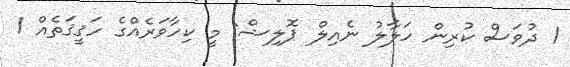
1 ދުވަަސް ކުރިން ހަލާލު ނެއިލް ޕޮލިޝް: މީ ކިހާވަރެއްގެ ހަޤީޤަތެއް 1